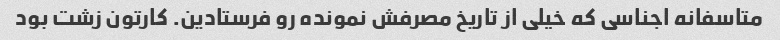
متاسفانه اجناسی که خیلی از تاریخ مصرفش نمونده رو فرستادین. کارتون زشت بود